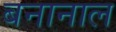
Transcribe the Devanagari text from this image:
बनानाल